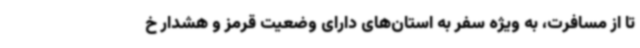
تا از مسافرت، به ویژه سفر به استان‌های دارای وضعیت قرمز و هشدار خ